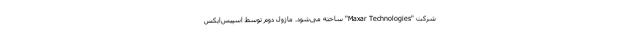
شرکت "Maxar Technologies" ساخته می‌شود. ماژول دوم توسط اسپیس‌ایکس